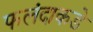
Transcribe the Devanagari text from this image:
फलंदाकडे